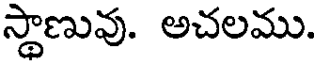
స్థాణువు. అచలము.